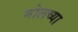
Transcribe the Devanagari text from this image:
मोलच्या